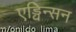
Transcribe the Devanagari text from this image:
एड्विन्सन